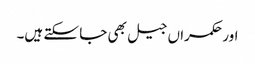
اور حکمراں جیل بھی جا سکتے ہیں۔